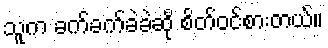
သူက ခက်ခက်ခဲခဲဆို စိတ်ဝင်စားတယ်။